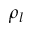
\rho _ { l }